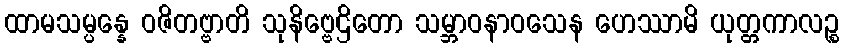
ထာမသမ္ပန္နေ ဝဇိတဗ္ဗာတိ သုနိဗ္ဗေဌိတော သမ္ဘာဝနာဝသေန ဟေဿာမိ ယုတ္တကာလဉ္စ